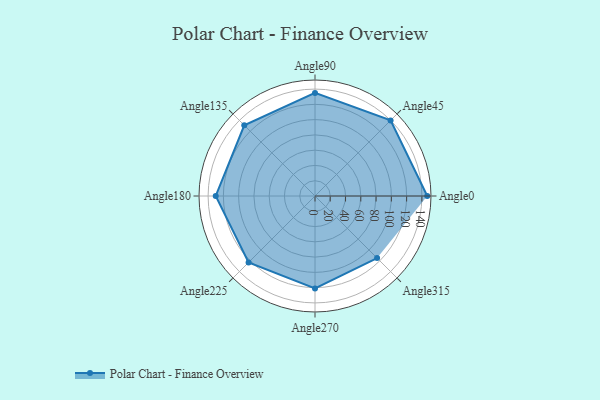
{"axis": {"x": "Angle", "y": "Radius"}, "legend": [""], "data": [{"x": "Angle0", "y": 147.0, "type": ""}, {"x": "Angle45", "y": 140.0, "type": ""}, {"x": "Angle90", "y": 135.0, "type": ""}, {"x": "Angle135", "y": 131.0, "type": ""}, {"x": "Angle180", "y": 130.0, "type": ""}, {"x": "Angle225", "y": 123.0, "type": ""}, {"x": "Angle270", "y": 121.0, "type": ""}, {"x": "Angle315", "y": 115.0, "type": ""}]}